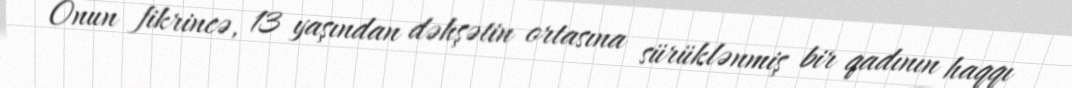
Onun fikrincə, 13 yaşından dəhşətin ortasına sürüklənmiş bir qadının haqqı